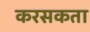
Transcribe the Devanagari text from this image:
करसकता